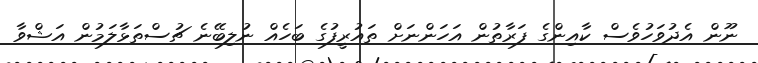
ނޫން އެދުވަހުވެސް ކާއިންގެ ފަރާތުން އަހަންނަށް ތައުރީފުގެ ބަހެއް ނުލިބޭނެ ޗުސްތަޅާލަމުން އަޝްވާ